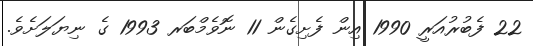
22 ފެބުރުއަރީ 1990 އިން ފެށިގެން 11 ނޮވެމްބަރ 1993 ގެ ނިޔަލަށެވެ.